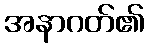
အနာဂတ်၏